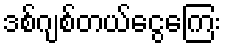
ဒစ်ဂျစ်တယ်ငွေကြေး